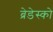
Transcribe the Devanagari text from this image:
ब्रेडेस्को